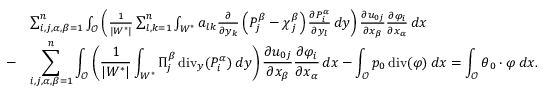
\begin{array} { r l } { \displaystyle } & { \sum _ { i , j , \alpha , \beta = 1 } ^ { n } \int _ { { \mathcal { O } } } \left( \frac { 1 } { | W ^ { * } | } \sum _ { l , k = 1 } ^ { n } \int _ { W ^ { * } } a _ { l k } \frac { \partial } { \partial y _ { k } } \left( P _ { j } ^ { \beta } - { \boldsymbol \chi } _ { j } ^ { \beta } \right) \frac { \partial P _ { i } ^ { \alpha } } { \partial y _ { l } } \, d y \right) \frac { \partial { u _ { 0 j } } } { \partial x _ { \beta } } \frac { \partial { \varphi } _ { i } } { \partial x _ { \alpha } } \, d x } \\ { - } & { \displaystyle \sum _ { i , j , \alpha , \beta = 1 } ^ { n } \int _ { { \mathcal { O } } } \left( \frac { 1 } { | W ^ { * } | } \int _ { W ^ { * } } \Pi _ { j } ^ { \beta } \operatorname { d i v } _ { y } ( P _ { i } ^ { \alpha } ) \, d y \right) \frac { \partial { u _ { 0 j } } } { \partial x _ { \beta } } \frac { \partial { \varphi } _ { i } } { \partial x _ { \alpha } } \, d x - \displaystyle \int _ { { \mathcal { O } } } p _ { 0 } \operatorname { d i v } ( \boldsymbol \varphi ) \, d x = \int _ { { \mathcal { O } } } \boldsymbol { \boldsymbol { \theta } _ { 0 } } \cdot \boldsymbol \varphi \, d x . } \end{array}